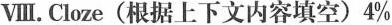
Ⅷ.Cloze(根据上下文内容填空)4%